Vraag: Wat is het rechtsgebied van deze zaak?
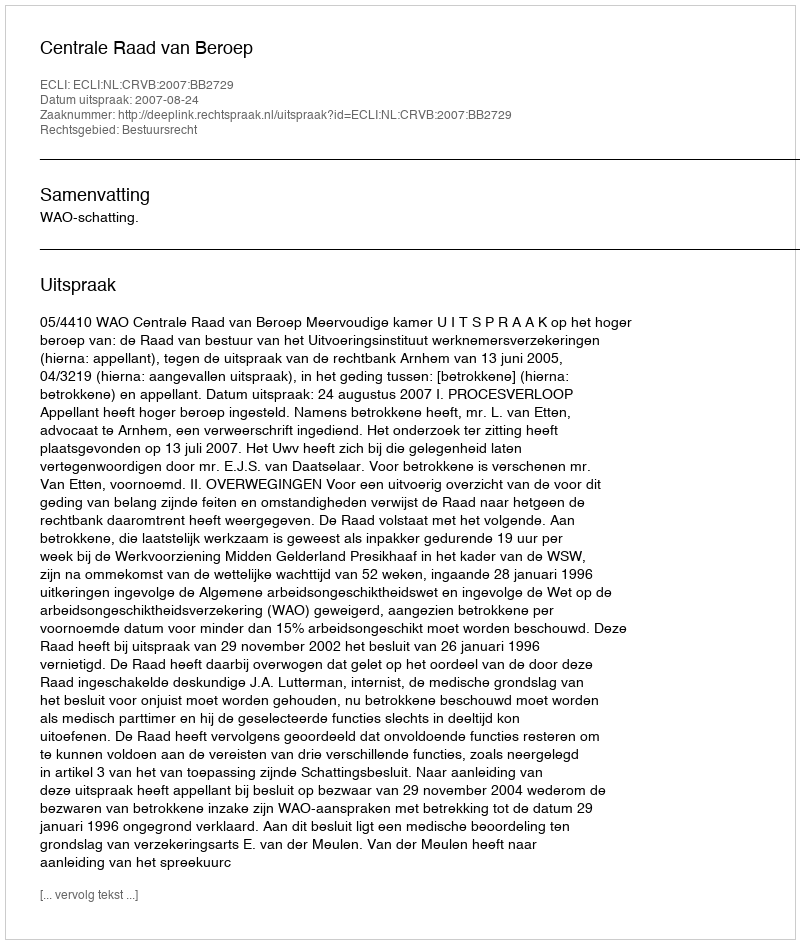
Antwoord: Bestuursrecht